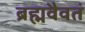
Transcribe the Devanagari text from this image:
ब्रह्मवैवतं